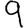
Digit: 9